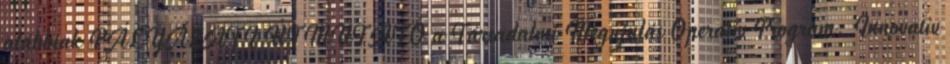
alábbiak PÁLYÁZATI ÚTMUTATÓ a Társadalmi Megújulás Operatív Program. Innovatív